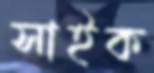
সাইক